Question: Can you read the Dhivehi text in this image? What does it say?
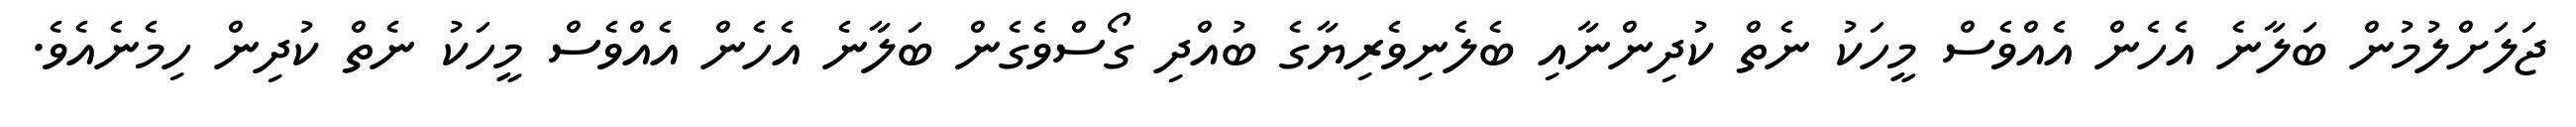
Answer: ޖަލަށްލުމުން ބަލާނެ އެހެން އެއްވެސް މީހަކު ނެތް ކުދިންނާއި ބެލެނިވެރިޔާގެ ބުއްދި ގޯސްވެގެން ބަލާނެ އެހެން އެއްވެސް މީހަކު ނެތް ކުދިން ހިމެނެއެވެ.